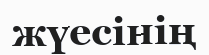
жүесінің